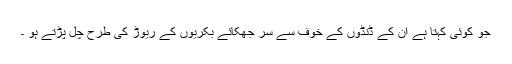
جو کوئی کہتا ہے ان کے ڈنڈوں کے خوف سے سر جھکائے بکریوں کے ریوڑ کی طرح چل پڑتے ہو ۔